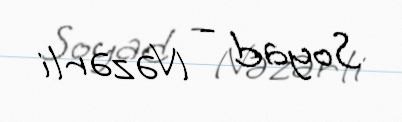
Soyad - Nəzərli